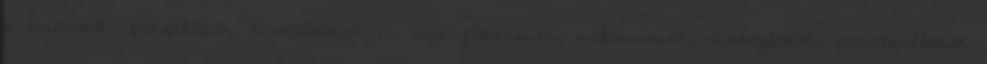
a laikusok, érdeklődők, hivatásosok és szerződésesek, milsimesek, airsoftosok, paintballosok